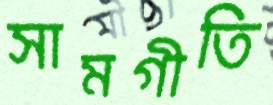
সামগীতি